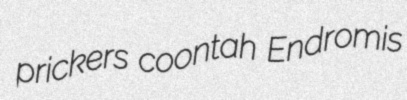
prickers coontah Endromis